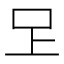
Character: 𭆽